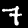
Label: 7